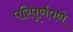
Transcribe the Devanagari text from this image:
परिपूर्णपणे